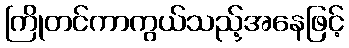
ကြိုတင်ကာကွယ်သည့်အနေဖြင့်